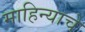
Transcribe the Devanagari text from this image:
माहिन्याचे